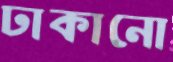
ঢাকানো